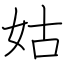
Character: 姑